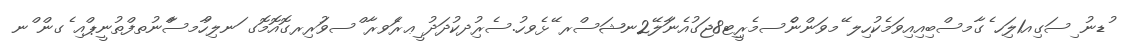
ުޑނު ިސަގިއ1ލަިހ ެގާމސްބިއިއިވަމެކުހިިލ ޭމވަންނެްސމެރިީޓ8ޖަގުއެނަާލޭ2ނޝަސްރ ޭޅެވހު.ސެރުިދކުދަދު ީޢރެަވރާ ްސވަުރިރގޮޮއޮމޮގ ަނލިހުާމސާްނުތފްތުނީޕްއި ެގން ްނ